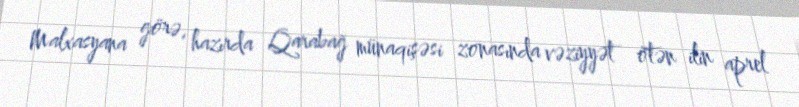
Malxasyana görə, hazırda Qarabağ münaqişəsi zonasında vəziyyət ötən ilin aprel